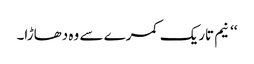
‘‘ نیم تاریک کمرے سے وہ دھاڑا۔